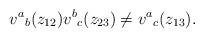
LaTeX: \begin{align*}v^a{}_b(z_{12})v^b{}_c(z_{23})\neq v^a{}_c(z_{13}).\end{align*}